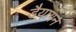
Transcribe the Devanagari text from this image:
डैयागन